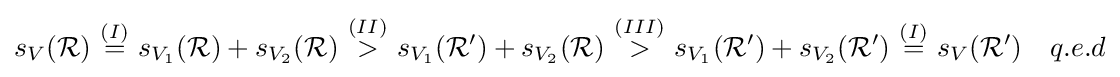
s_{V}({\mathcal {R}})\ {\stackrel {(I)}{=}}\ s_{V_{1}}({\mathcal {R}})+s_{V_{2}}({\mathcal {R}})\ {\stackrel {(II)}{>}}\ s_{V_{1}}({\mathcal {R}}')+s_{V_{2}}({\mathcal {R}})\ {\stackrel {(III)}{>}}\ s_{V_{1}}({\mathcal {R}}')+s_{V_{2}}({\mathcal {R}}')\ {\stackrel {(I)}{=}}\ s_{V}({\mathcal {R}}')\quad q.e.d